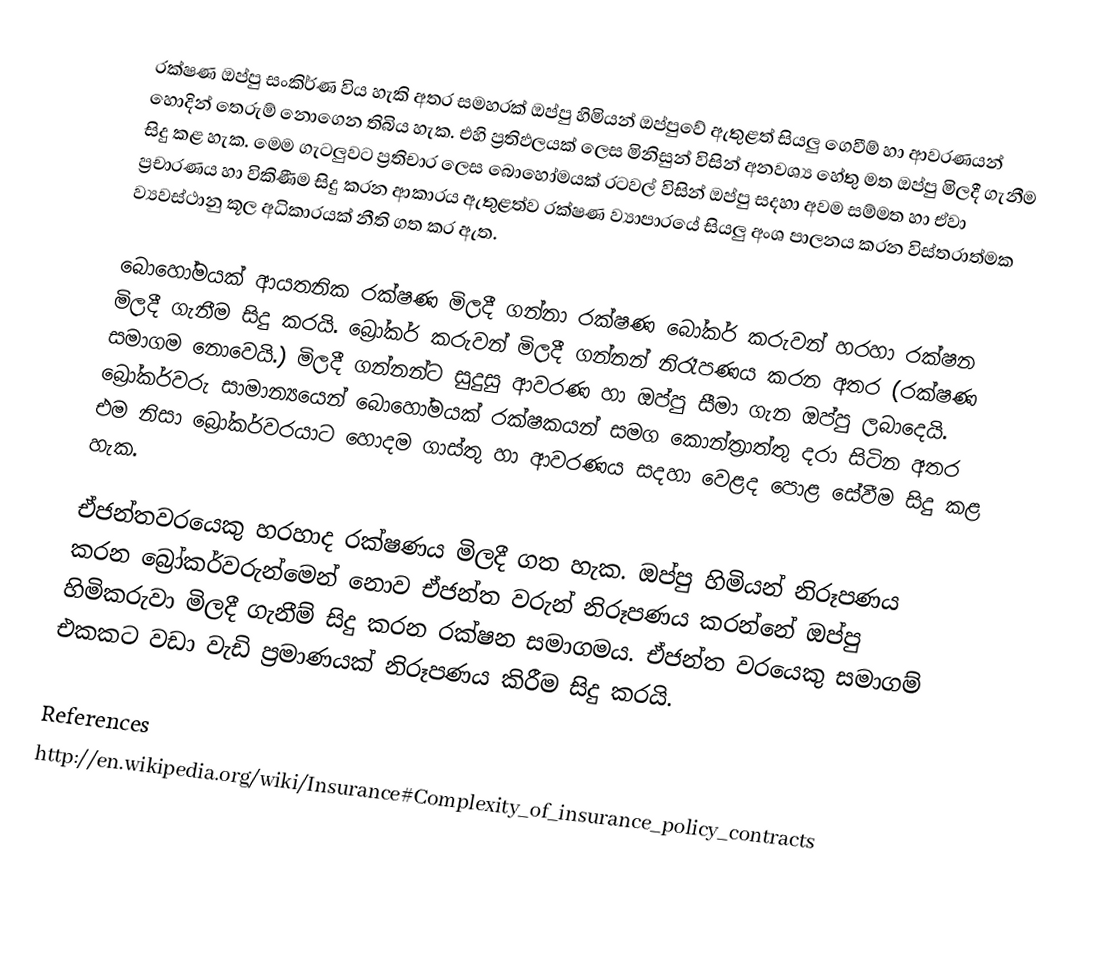
රක්ෂණ ඔප්පු සංකිර්ණ විය හැකි අතර සමහරක් ඔප්පු හිමියන් ඔප්පුවේ ඇතුළත් සියලු ගෙවීම් හා ආවරණයන් හොදින් තෙරුම් නොගෙන තිබිය හැක. එහි ප්‍රතිඵලයක් ලෙස මිනිසුන් විසින් අනවශ්‍ය හේතු මත ඔප්පු මිලදී ගැනීම සිදු කළ හැක. මෙම ගැටලුවට ප්‍රතිචාර ලෙස බොහෝමයක් රටවල් විසින් ඔප්පු සදහා අවම සම්මත හා ඒවා ප්‍රචාරණය හා විකිණීම සිදු කරන ආකාරය ඇතුළත්ව රක්ෂණ ව්‍යාපාරයේ සියලු අංශ පාලනය කරන විස්තරාත්මක ව්‍යවස්ථානු කූල අධිකාරයක් නීති ගත කර ඇත.

බොහෝමයක් ආයතනික රක්ෂණ මිලදී ගන්නා රක්ෂණ බෝකර් කරුවන් හරහා රක්ෂන මිලදී ගැනීම සිදු කරයි. බ්‍රෝකර් කරුවන් මිලදී ගන්නන් නිරෑපණය කරන අතර (රක්ෂණ සමාගම නොවෙයි.) මිලදී ගන්නන්ට සුදුසු ආවරණ හා ඔප්පු සීමා ගැන ඔප්පු ලබාදෙයි. බ්‍රෝකර්වරු සාමාන්‍යයෙන් බොහෝමයක් රක්ෂකයන් සමග කොන්ත්‍රාත්තු දරා සිටින අතර එම නිසා බ්‍රෝකර්වරයාට හොදම ගාස්තු හා ආවරණය සදහා වෙළද පොළ සේවීම සිදු කළ හැක.

ඒජන්තවරයෙකු හරහාද රක්ෂණය මිලදී ගත හැක. ඔප්පු හිමියන් නිරූපණය කරන බ්‍රෝකර්වරුන්මෙන් නොව ඒජන්ත වරුන් නිරූපණය කරන්නේ ඔප්පු හිමිකරුවා මිලදී ගැනීම් සිදු කරන රක්ෂන සමාගමය. ඒජන්ත වරයෙකු සමාගම් එකකට වඩා වැඩි ප්‍රමාණයක් නිරූපණය කිරීම සිදු කරයි.

References
http://en.wikipedia.org/wiki/Insurance#Complexity_of_insurance_policy_contracts